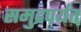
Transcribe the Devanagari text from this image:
समुद्रपर्यंत